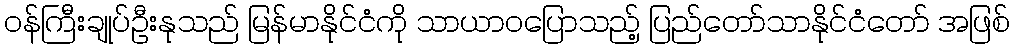
ဝန်ကြီးချုပ်ဦးနုသည် မြန်မာနိုင်ငံကို သာယာဝပြောသည့် ပြည်တော်သာနိုင်ငံတော် အဖြစ်